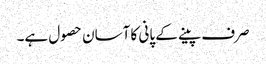
صرف پینے کے پانی کا آسان حصول ہے۔